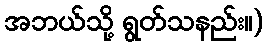
အဘယ်သို့ ရွတ်သနည်း။)